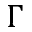
\Gamma